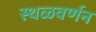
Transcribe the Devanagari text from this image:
स्थळवर्णन